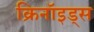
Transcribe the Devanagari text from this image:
क्रिनॉइड्स